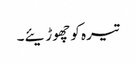
تیرہ کو چھوڑیئے۔